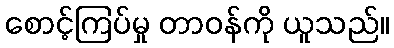
စောင့်ကြပ်မှု တာဝန်ကို ယူသည်။